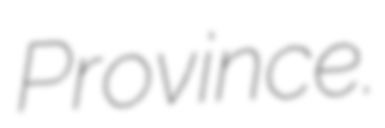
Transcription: Province.